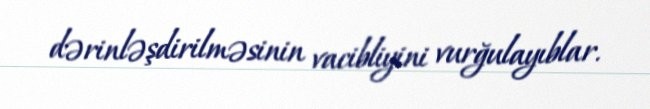
dərinləşdirilməsinin vacibliyini vurğulayıblar.